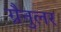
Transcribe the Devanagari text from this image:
ग्रैनुलर